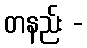
တနည်း -